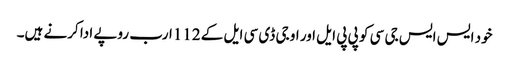
خود ایس ایس جی سی کو پی پی ایل اور او جی ڈی سی ایل کے 112ارب روپے ادا کرنے ہیں۔